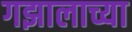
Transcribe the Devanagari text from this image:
गझालाच्या